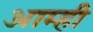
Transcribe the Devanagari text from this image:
आम्‍ही